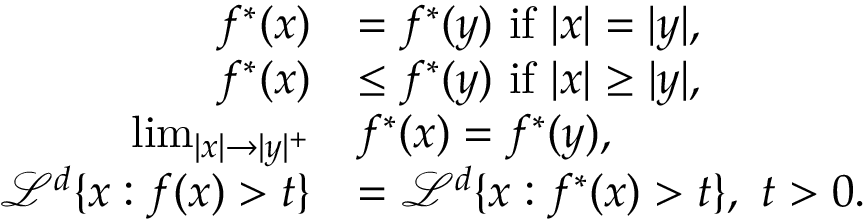
\begin{array} { r l } { f ^ { \ast } ( x ) } & { = f ^ { \ast } ( y ) \mathrm { ~ i f ~ } | x | = | y | , } \\ { f ^ { \ast } ( x ) } & { \le f ^ { \ast } ( y ) \mathrm { ~ i f ~ } | x | \ge | y | , } \\ { \operatorname* { l i m } _ { | x | \rightarrow | y | ^ { + } } } & { f ^ { \ast } ( x ) = f ^ { \ast } ( y ) , } \\ { \mathcal { L } ^ { d } \{ x : f ( x ) > t \} } & { = \mathcal { L } ^ { d } \{ x : f ^ { \ast } ( x ) > t \} , \mathrm { ~ } t > 0 . } \end{array}